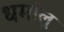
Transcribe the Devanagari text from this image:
धर्मालु